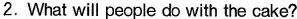
2. What will people do with the cake?